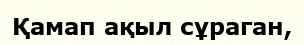
Қамап ақыл сұраган,